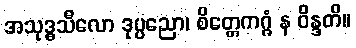
အသုဒ္ဓသီလော ဒုပ္ပညော၊ စိတ္တေကဂ္ဂံ န ဝိန္ဒတိ။